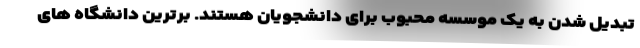
تبدیل شدن به یک موسسه محبوب برای دانشجویان هستند. برترین دانشگاه های